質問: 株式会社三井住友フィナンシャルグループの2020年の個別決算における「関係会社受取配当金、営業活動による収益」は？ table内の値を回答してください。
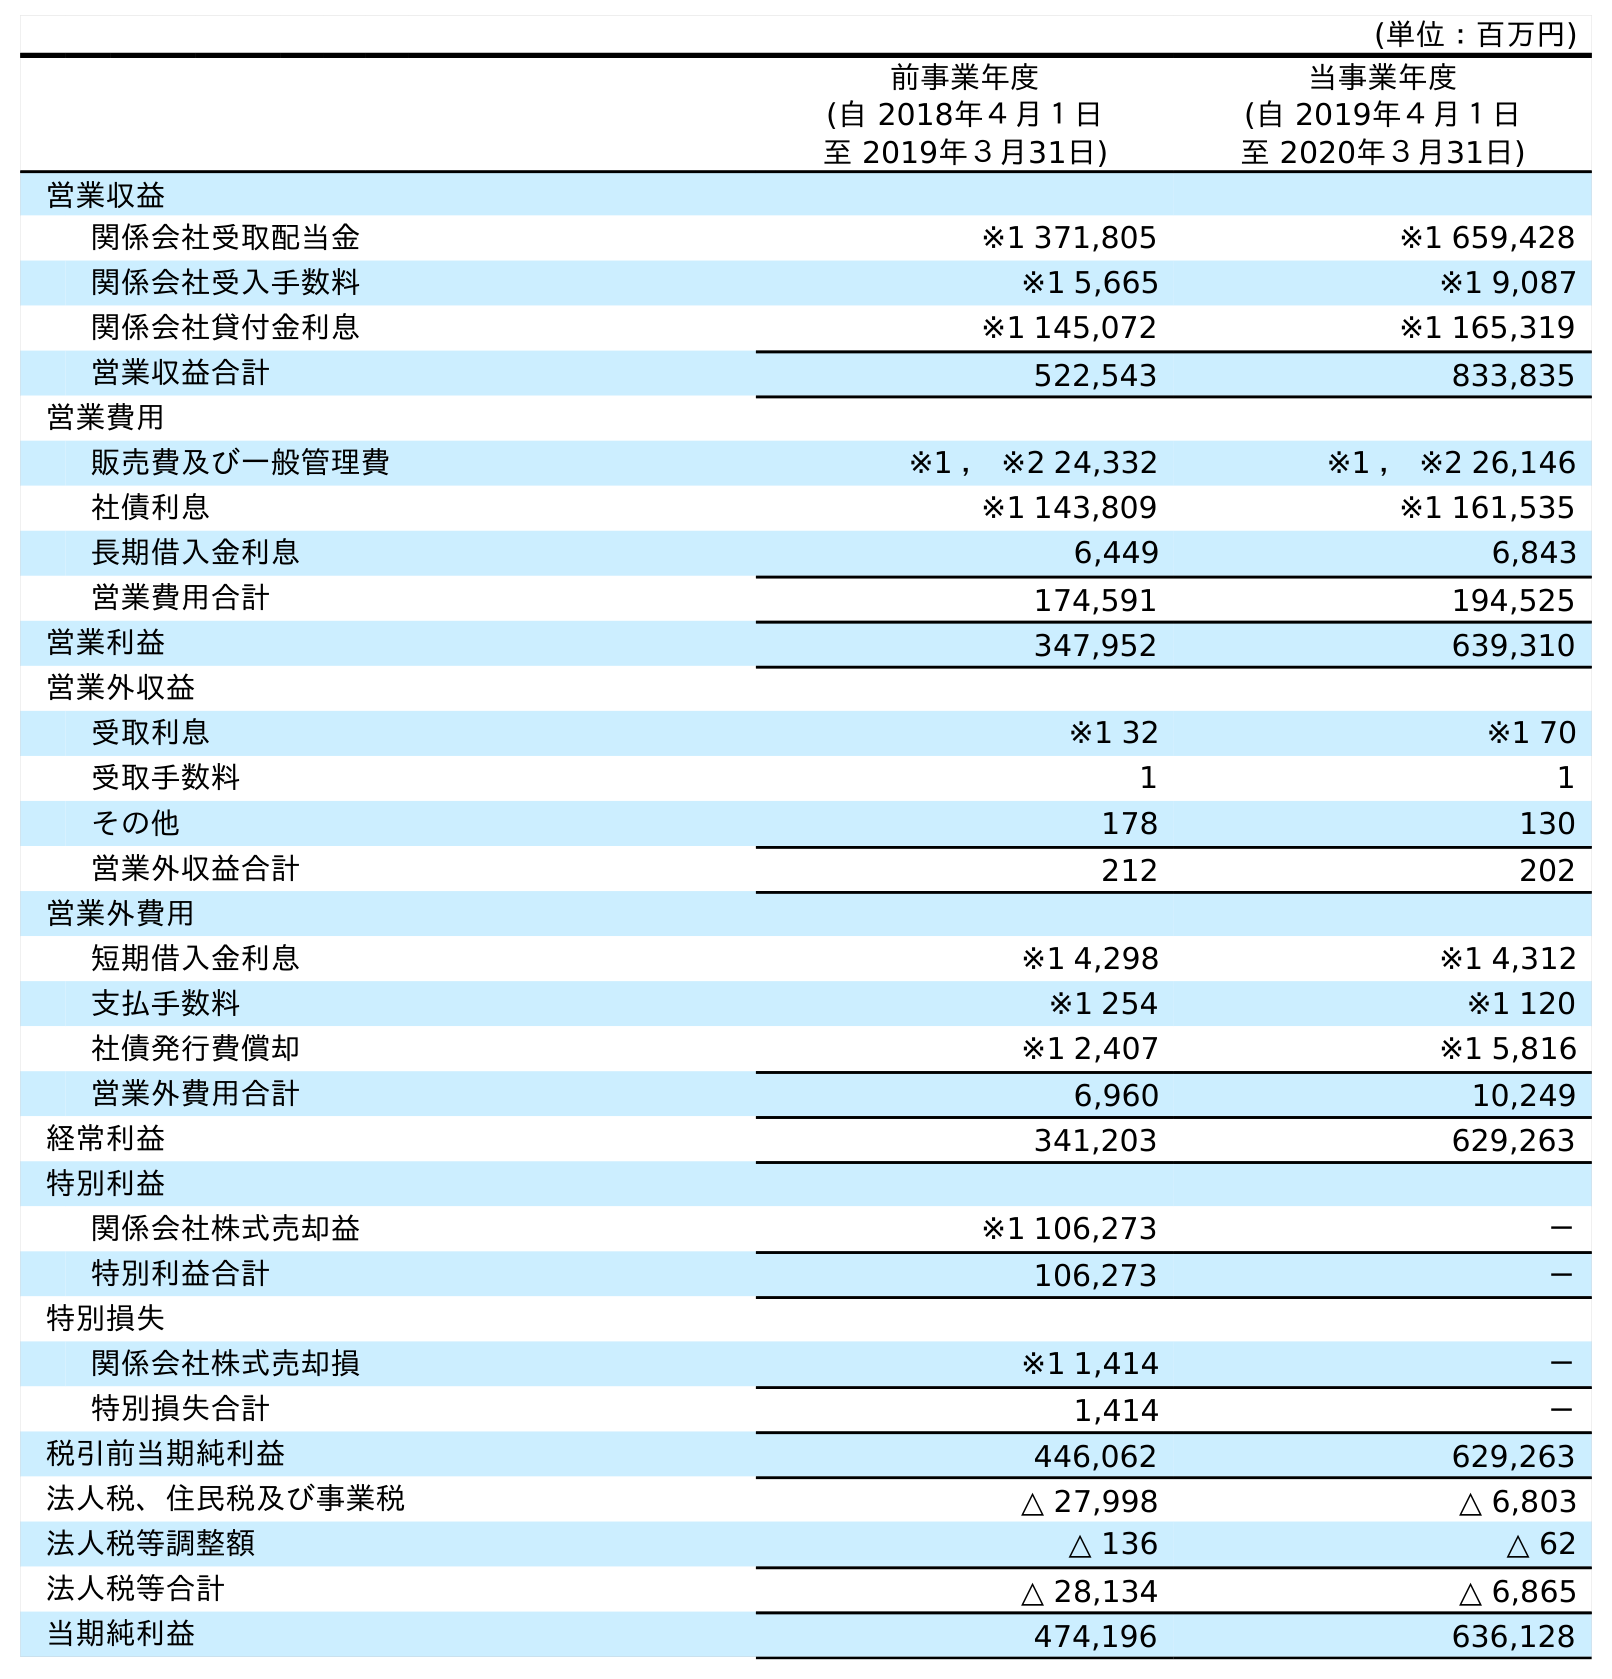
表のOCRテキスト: (単位：百万円) 前事業年度 (自 2018年４月１日 至 2019年３月31日) 当事業年度 (自 2019年４月１日 至 2020年３月31日) 営業収益 関係会社受取配当金 ※1 371,805 ※1 659,428 関係会社受入手数料 ※1 5,665 ※1 9,087 関係会社貸付金利息 ※1 145,072 ※1 165,319 営業収益合計 522,543 833,835 営業費用 販売費及び一般管理費 ※1 ， ※2 24,332 ※1 ， ※2 26,146 社債利息 ※1 143,809 ※1 161,535 長期借入金利息 6,449 6,843 営業費用合計 174,591 194,525 営業利益 347,952 639,310 営業外収益 受取利息 ※1 32 ※1 70 受取手数料 1 1 その他 178 130 営業外収益合計 212 202 営業外費用 短期借入金利息 ※1 4,298 ※1 4,312 支払手数料 ※1 254 ※1 120 社債発行費償却 ※1 2,407 ※1 5,816 営業外費用合計 6,960 10,249 経常利益 341,203 629,263 特別利益 関係会社株式売却益 ※1 106,273 － 特別利益合計 106,273 － 特別損失 関係会社株式売却損 ※1 1,414 － 特別損失合計 1,414 － 税引前当期純利益 446,062 629,263 法人税、住民税及び事業税 △ 27,998 △ 6,803 法人税等調整額 △ 136 △ 62 法人税等合計 △ 28,134 △ 6,865 当期純利益 474,196 636,128
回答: ※1659,428